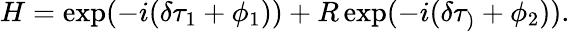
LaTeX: H=\exp(-i(\delta\tau_{1}+\phi_{1}))+R\exp(-i(\delta\tau_{)}+\phi_{2})).